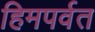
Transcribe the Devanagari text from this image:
हिमपर्वत